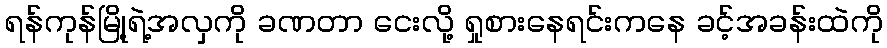
ရန်ကုန်မြို့ရဲ့အလှကို ခဏတာ ငေးလို့ ရှုစားနေရင်းကနေ ခင့်အခန်းထဲကို